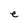
Character: e